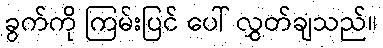
ခွက်ကို ကြမ်းပြင် ပေါ် လွှတ်ချသည်။